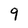
Character: 9